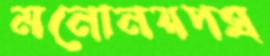
মনোনয়পত্র